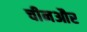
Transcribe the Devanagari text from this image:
चीनऔर